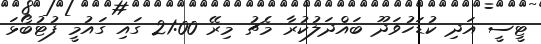
ޓީސީ އަދި ކުޑަހުވަދޫ ބައްދަލުކުރާ މެޗު މިރޭ 21:00 ގައި ގައުމީ ފުޓުބޯޅަ